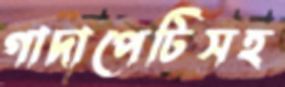
গাদাপেটিসহ